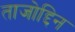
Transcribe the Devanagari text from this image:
ताजोद्दिन